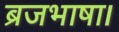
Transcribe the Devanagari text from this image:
ब्रजभाषा।